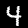
Digit: 4